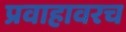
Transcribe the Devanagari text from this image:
प्रवाहावरच